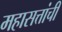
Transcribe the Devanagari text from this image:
महासत्तांची